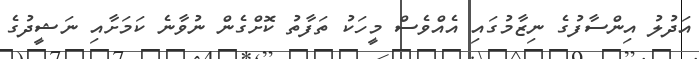
އަދުލު އިންސާފުގެ ނިޒާމުގައި އެއްވެސް މީހަކު ތަފާތު ކޮށްގެން ނުވާނެ ކަމަށާއި ނަޝީދުގެ